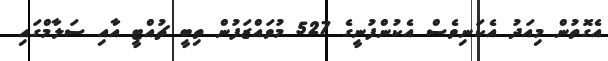
އެގޮތުން މިއަދު އެކަނިވެސް އެކުންފުނީގެ 527 މުވައްޒަފުން ތިބީ ޗުއްޓީ އާއި ސަލާމްގައި